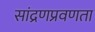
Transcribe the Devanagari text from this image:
सांद्रणप्रवणता